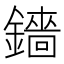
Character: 𬬋